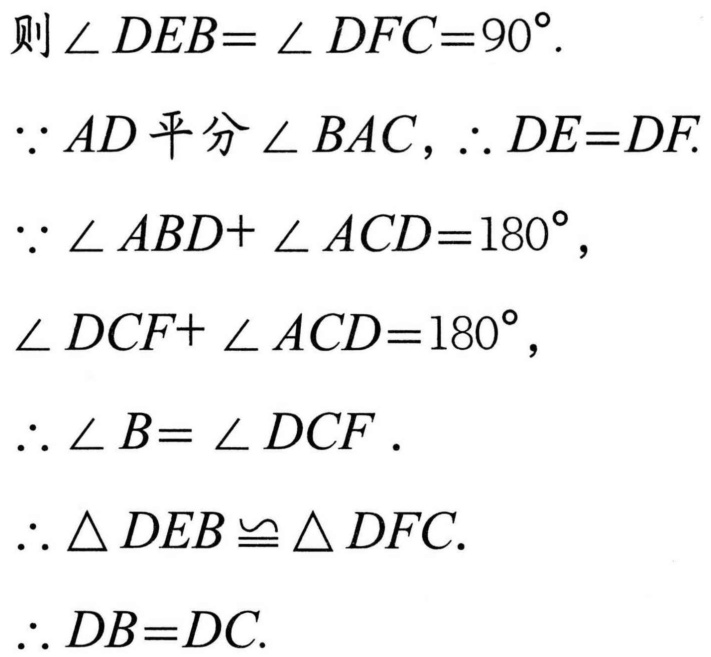
则\(\angle DEB = \angle DFC = 90^{\circ}\).
\(\because AD\)平分\(\angle BAC\)，\(\therefore DE = DF\).
\(\because \angle ABD+\angle ACD = 180^{\circ}\)，
\(\angle DCF+\angle ACD = 180^{\circ}\)，
\(\therefore \angle B = \angle DCF\).
\(\therefore \triangle DEB\cong\triangle DFC\).
\(\therefore DB = DC\).